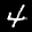
Label: 4